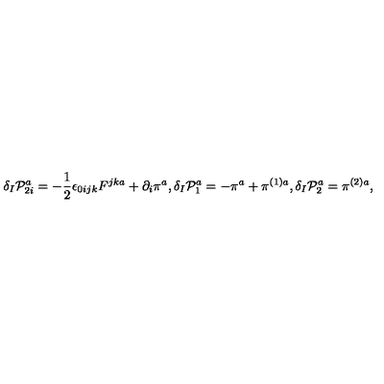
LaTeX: \delta _ { I } \mathcal { P } _ { 2 i } ^ { a } = - \frac { 1 } { 2 } \epsilon _ { 0 i j k } F ^ { j k a } + \partial _ { i } \pi ^ { a } , \delta _ { I } \mathcal { P } _ { 1 } ^ { a } = - \pi ^ { a } + \pi ^ { ( 1 ) a } , \delta _ { I } \mathcal { P } _ { 2 } ^ { a } = \pi ^ { ( 2 ) a } ,